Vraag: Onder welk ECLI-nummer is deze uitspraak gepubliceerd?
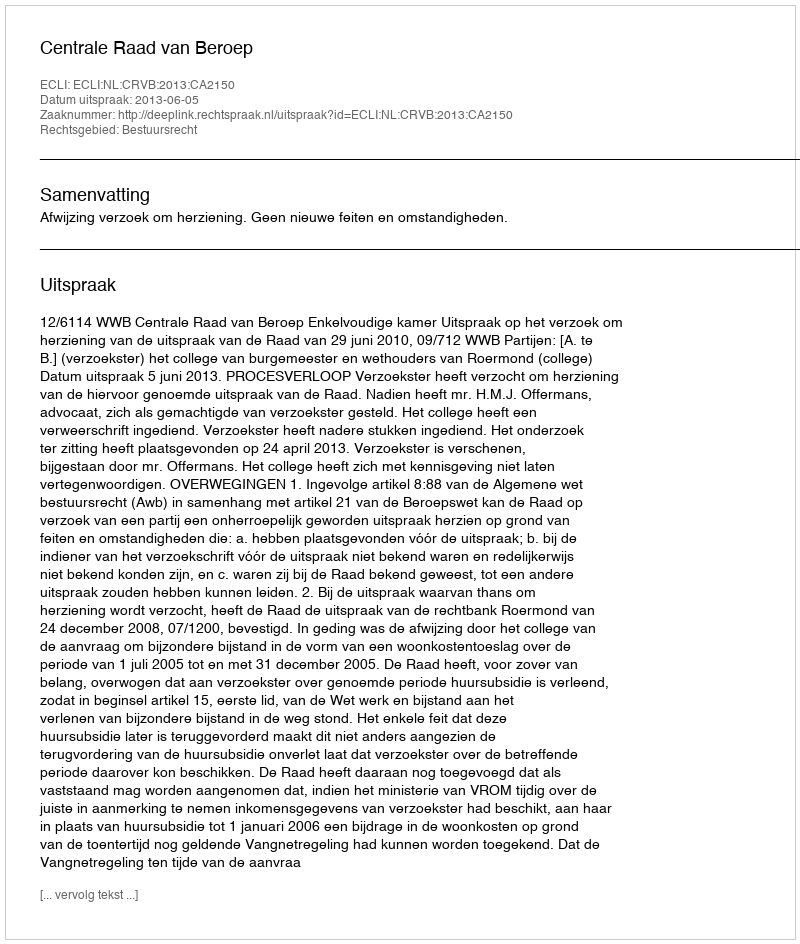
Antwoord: ECLI:NL:CRVB:2013:CA2150